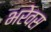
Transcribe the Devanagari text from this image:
भरेवस